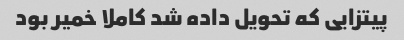
پیتزایی که تحویل داده شد کاملا خمیر بود